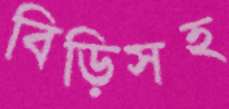
বিড়িসহ